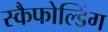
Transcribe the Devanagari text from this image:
स्कैफोल्डिंग